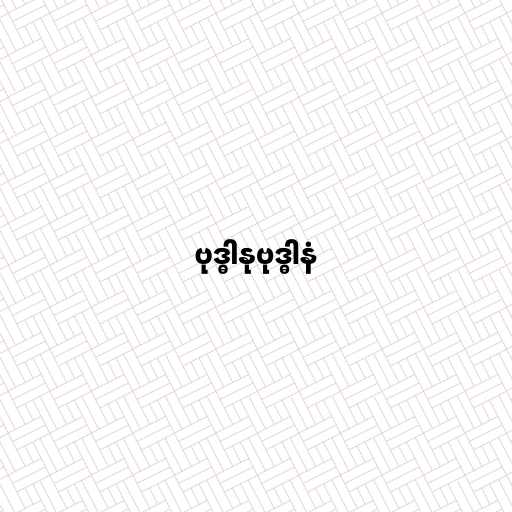
ဗုဒ္ဓါနုဗုဒ္ဓါနံ